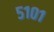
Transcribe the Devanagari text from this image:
५१०१